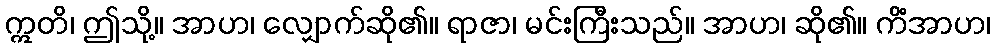
ဣတိ၊ ဤသို့။ အာဟ၊ လျှောက်ဆို၏။ ရာဇာ၊ မင်းကြီးသည်။ အာဟ၊ ဆို၏။ ကိံအာဟ၊